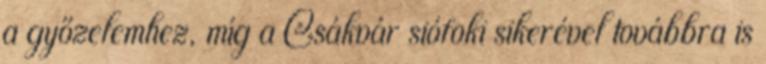
a győzelemhez, míg a Csákvár siófoki sikerével továbbra is